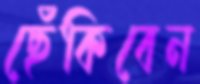
ছেঁকিবেন